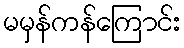
မမှန်ကန်ကြောင်း